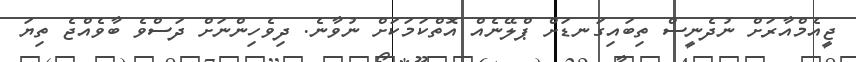
ޖީއެމްއާރަށް ނުދެނީސް ތިބައިގަނޑަށް ޕްލޭނެއް އޮތްކަމަކަށް ނުވާނެ. ދިވެހިންނަށް ދަސްވެ ބާވެއްޖެ ތިޔަ